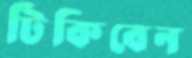
টিকিবেন